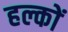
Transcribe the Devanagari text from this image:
हल्कों